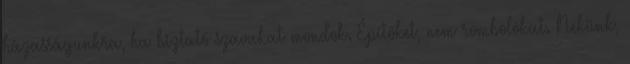
házasságunkra, ha biztató szavakat mondok. Építőket, nem rombolókat. Nekünk,